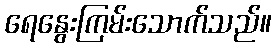
ရေနွေးကြမ်းသောက်သည်။